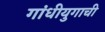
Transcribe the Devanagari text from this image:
गांधीयुगाची